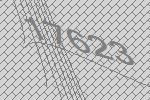
17623